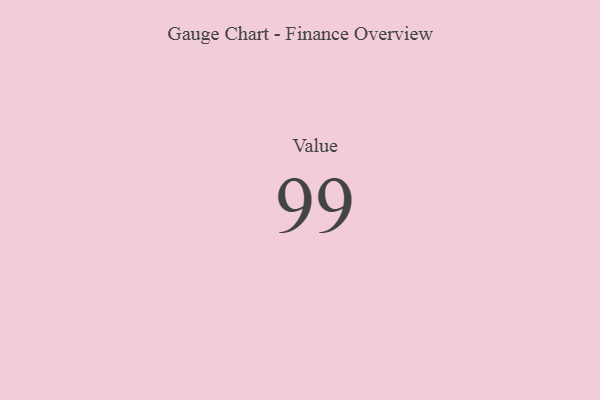
{"axis": {"x": "Metric", "y": "Value"}, "legend": [""], "data": [{"x": "Value", "y": 99, "type": ""}]}